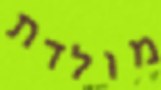
מולדת